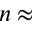
n \approx